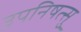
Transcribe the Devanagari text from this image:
उपनिषत्सु